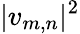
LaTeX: |v_{m,n}|^{2}